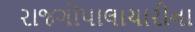
રાજગોપાલાચારીના